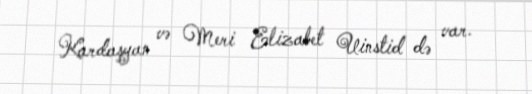
Kardaşyan və Meri Elizabet Uinstid də var.